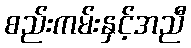
စည်းကမ်းနှင့်အညီ